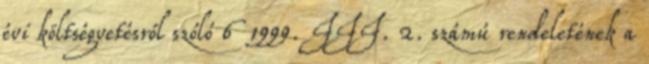
évi költségvetésről szóló 6 1999. III. 2. számú rendeletének a